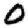
Digit: 0